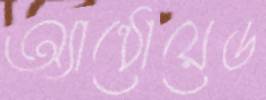
অ্যান্ড্রোয়েড